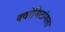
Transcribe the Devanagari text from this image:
क्वोमिटांगला